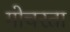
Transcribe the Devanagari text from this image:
गोचरता